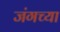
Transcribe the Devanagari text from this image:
जंगच्या